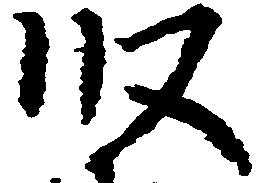
段